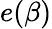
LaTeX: e(\beta)